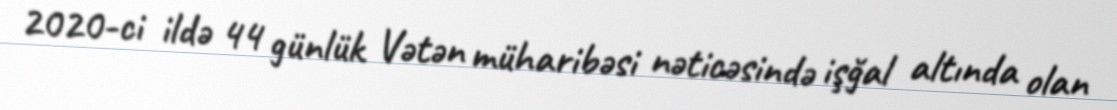
2020-ci ildə 44 günlük Vətən müharibəsi nəticəsində işğal altında olan